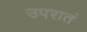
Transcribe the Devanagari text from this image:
उपरातं